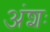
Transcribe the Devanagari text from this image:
अंशः